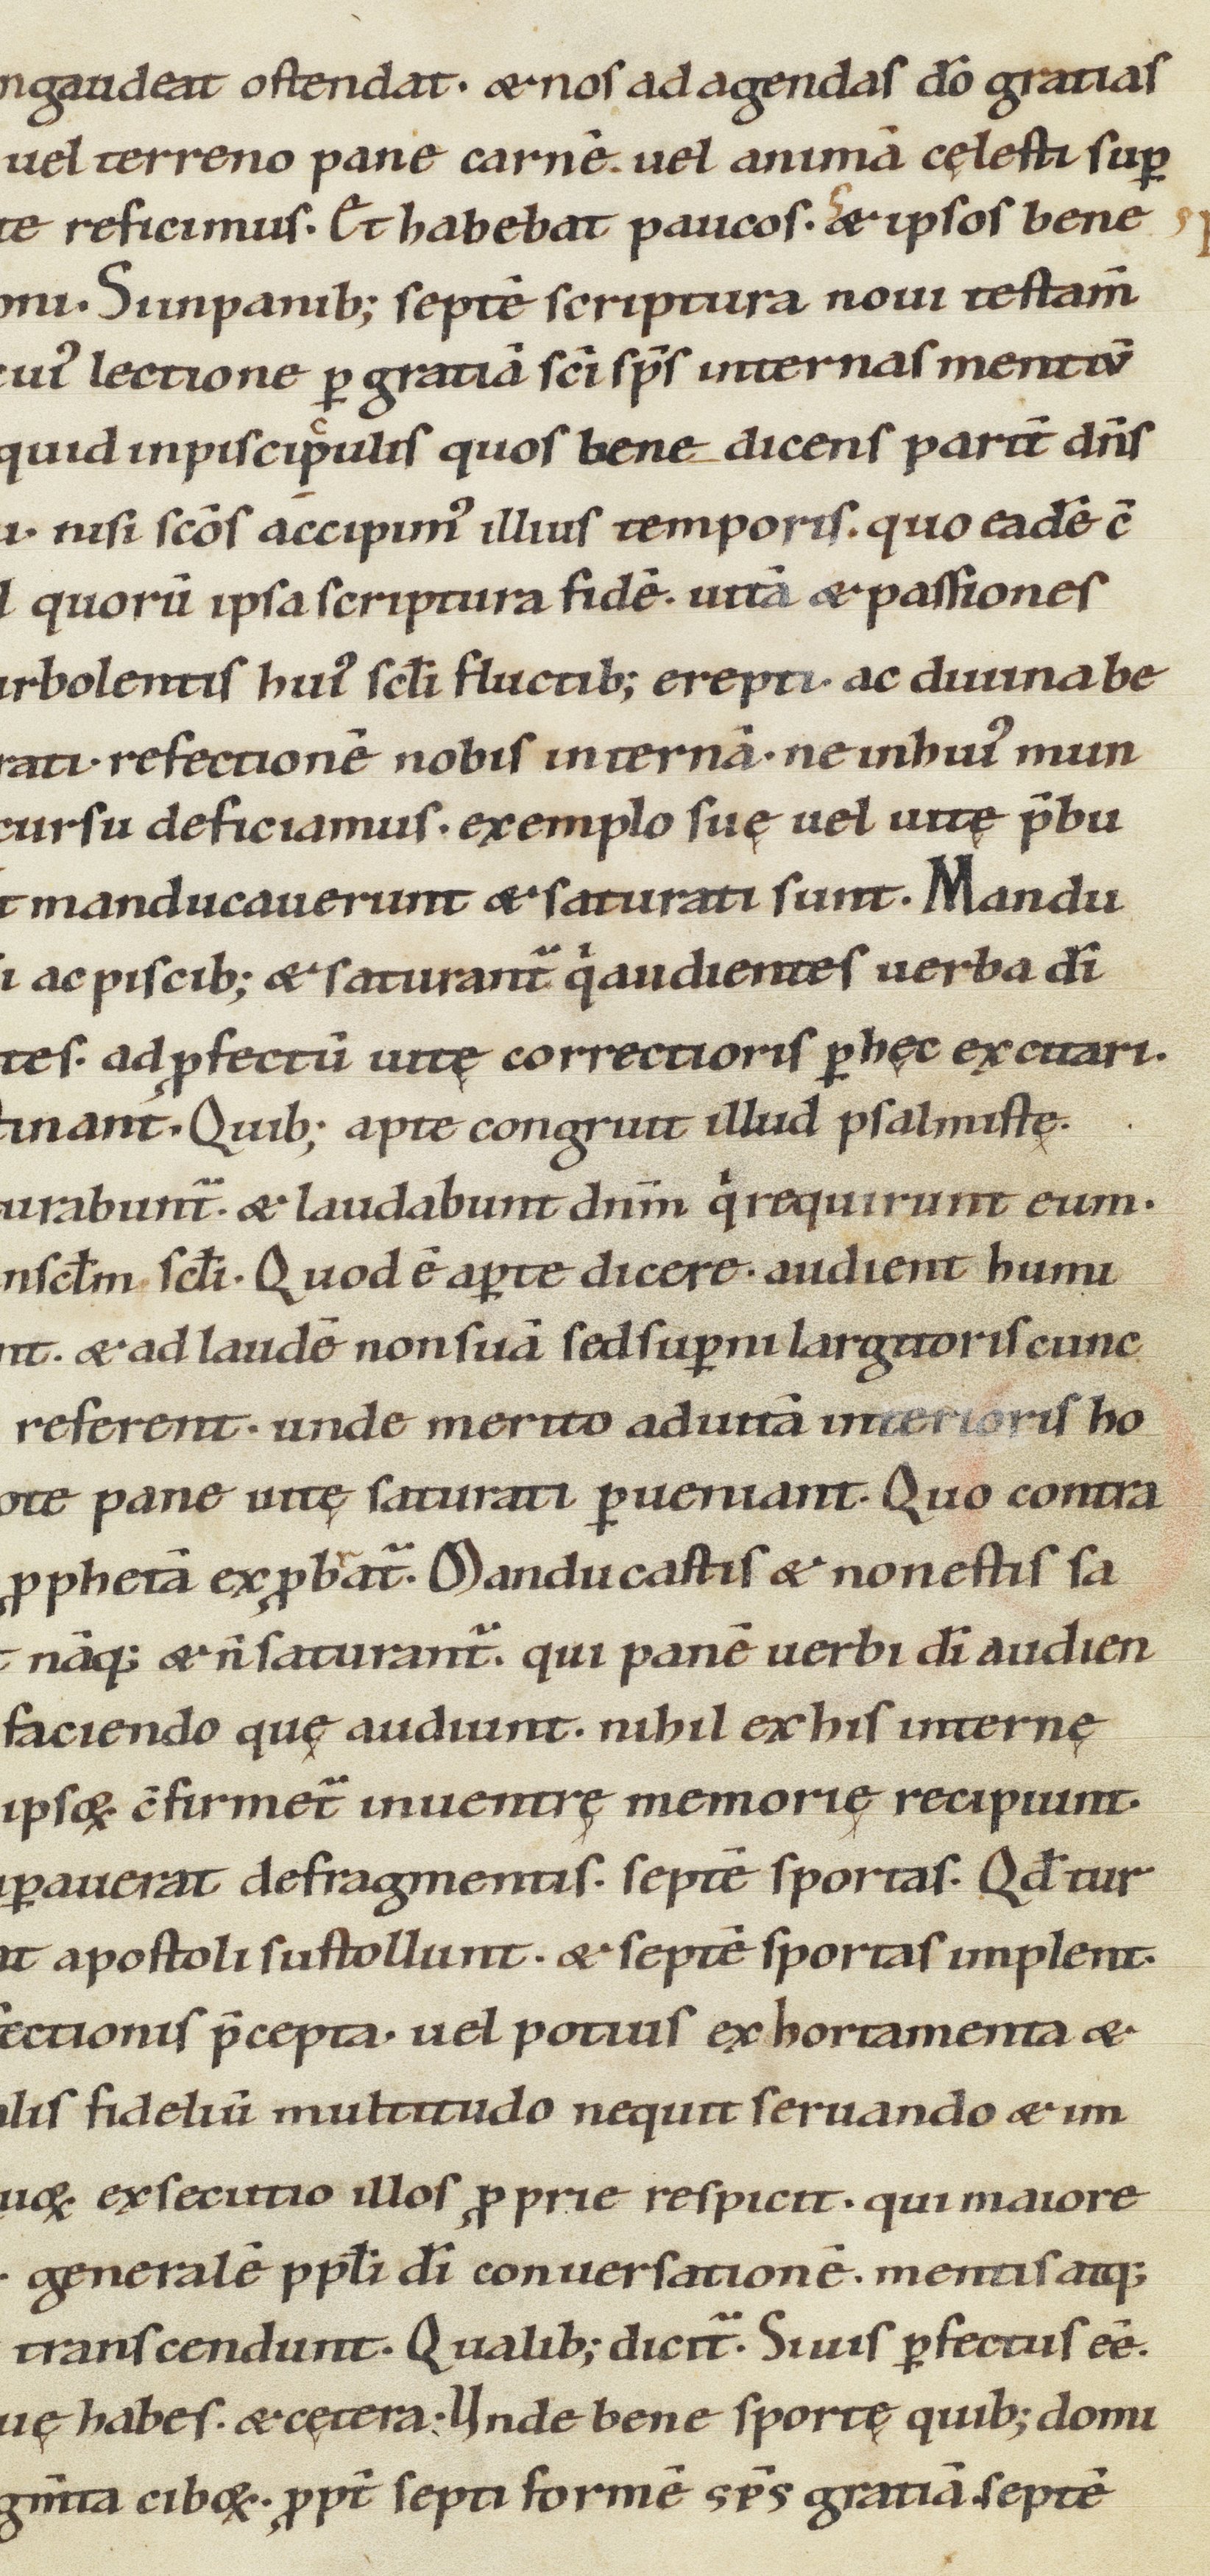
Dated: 1100–1199